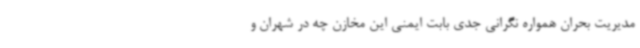
مدیریت بحران همواره نگرانی جدی بابت ایمنی این مخازن چه در شهران و